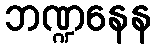
ဘဏ္ဍနေန